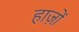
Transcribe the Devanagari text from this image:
हाज़ों